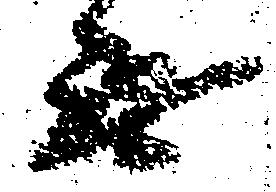
無